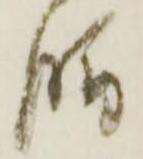
膳